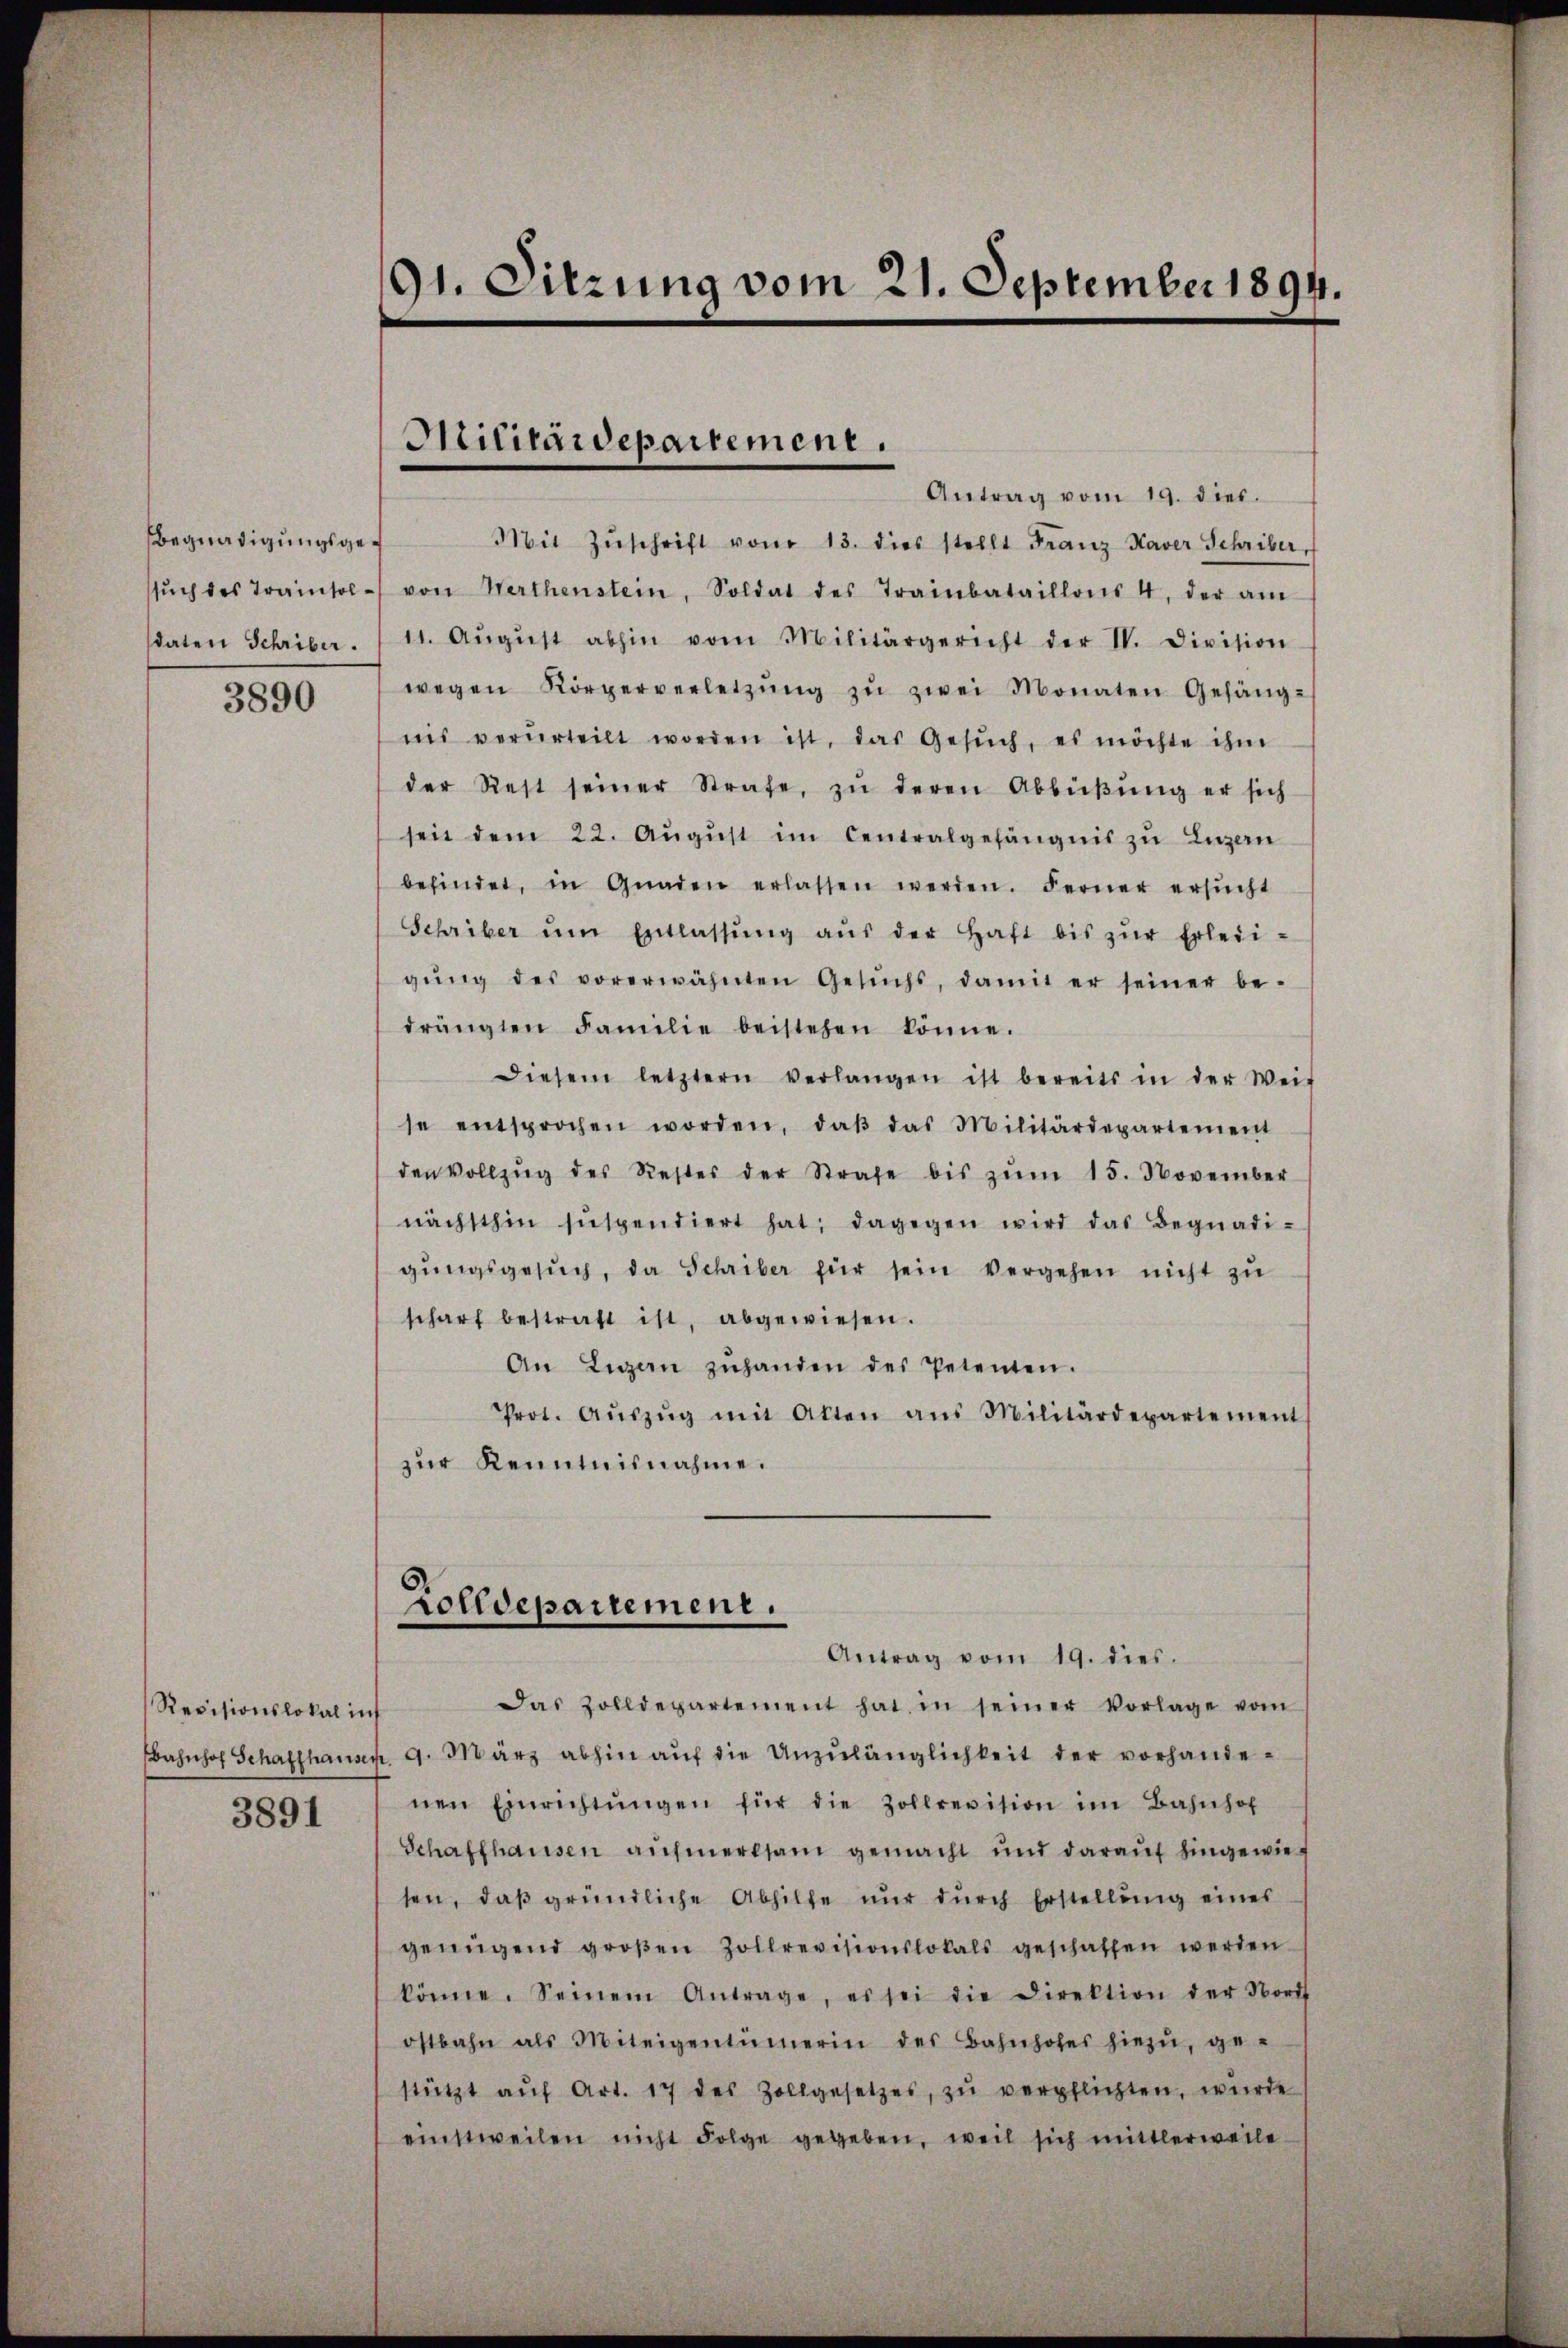
Begnadigungsge¬

3890

Revisionslokal in

3891

91. Sitzung vom 21. September 1894.

Antrag vom 19. dies.
Mit Zŭschrift vom 13. dies stellt Franz Kaver Schriber,
ssŭch des Trainsol- von Werthenstein, Soldat des Trainbataillons 4, der am
sdaten Schriber. 111. Aŭgŭst abhin vom Militärgericht der IV. Division
wegen Körperverletzŭng zŭ zwei Monaten Gefäng-
nis verurteilt worden ist, das Gesŭch, es möchte ihm
der Rest seiner Strafe, zŭ deren Abbüβŭng er sich
seit dem 22. Aŭgŭst im Centralgehängnis zu Ingan
befindet, in Gnaden erlassen werden. Ferner ersŭcht
Schriber ŭm Entlassŭng aŭs der Haft bis zŭr Erledi-
gŭng des vorerwähnten Gesŭchs, damit er seiner be-
drängten Familie beistehen könne.
diesem letztern verlangen ist bereits in der Wei-
se entsprochen worden, daβ das Militärdepartement
den Vollzŭg des Rester der Strafe bis zŭm 15. November
nächsthin suspendiert hat; dagegen wird das Begnadi-
gŭngsgesŭch, da Schriber für sein vergehen nicht zu
scharf bestraft ist, abgewiesen.
An Ligen zŭhanden des Petenten.
Prot. Aŭszŭg mit Akten aus Militärdepartement
zur Kenntnisnahme.

Militärdepartement.

Zolldepartement.
Antrag vom 19. dies.

Das Zolldepartement hat in seiner Vorlage vom
Bahnhof Schaffhausen. 9. März abhin aŭf die Unzulänglichkeit der vorhandenen Einrichtŭngen für die Zollrevision im Bahnhof
Schaffhausen aŭfmerksam gemacht und daraŭf hingewieten, daβ gründliche Abhilfe nŭr dŭrch Erstellŭng eines
genügend groβen Zollrevisionslokals geschaffen werden
könne. Seinem Antrage, es sei die Direktion der Nord
ostbahn als Miteigentümerin des Bahnhofes hiezŭ, ge-
stützt aŭf Art. 17 des Zollgesetzes, zŭ verpflichten, würde
einstweilen nicht Folge gegeben, weil sich mittlerweile